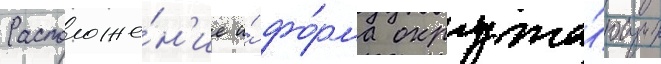
Расположе́н'ие и́ фо́рма окружа́ющих